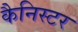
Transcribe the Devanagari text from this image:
कैनिस्टर